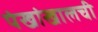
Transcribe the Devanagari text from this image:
पंखांखालची